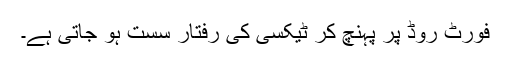
فورٹ روڈ پر پہنچ کر ٹیکسی کی رفتار سست ہو جاتی ہے۔